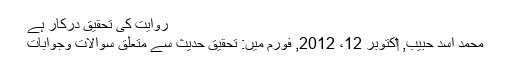
روایت کی تحقیق درکار ہے
محمد اسد حبیب, ‏اکتوبر 12، 2012, فورم میں: تحقیق حدیث سے متعلق سوالات وجوابات